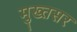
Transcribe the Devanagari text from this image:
मुख्तसर